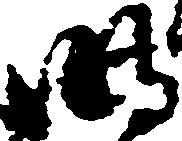
明